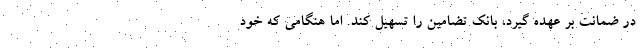
در ضمانت بر عهده گیرد، بانک تضامین را تسهیل کند. اما هنگامی که خود